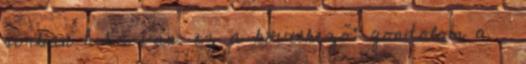
sorban hiba van. ez a következő: gondolom a